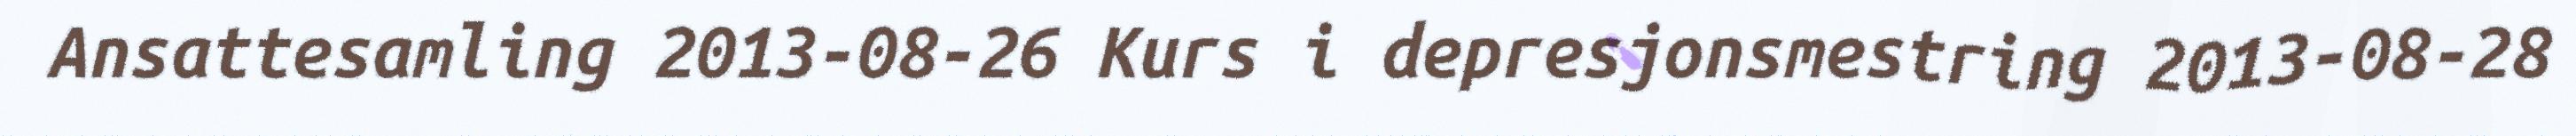
Ansattesamling 2013-08-26 Kurs i depresjonsmestring 2013-08-28